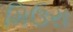
મિઉરા